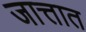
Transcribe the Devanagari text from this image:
जात्तात